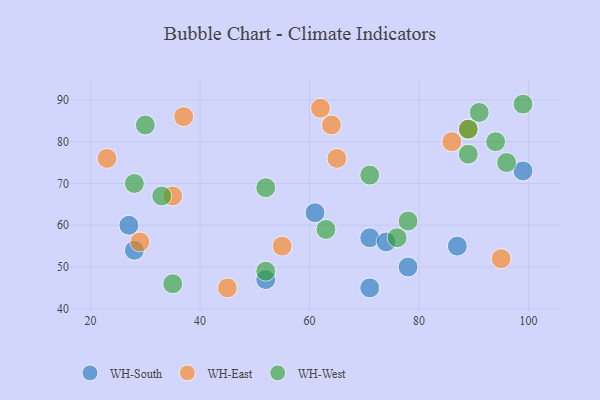
{"axis": {"x": "GDP", "y": "Life Expectancy"}, "legend": ["WH-East", "WH-South", "WH-West"], "data": [{"x": "71", "y": 45, "type": "WH-South"}, {"x": "28", "y": 54, "type": "WH-South"}, {"x": "78", "y": 50, "type": "WH-South"}, {"x": "71", "y": 57, "type": "WH-South"}, {"x": "87", "y": 55, "type": "WH-South"}, {"x": "61", "y": 63, "type": "WH-South"}, {"x": "74", "y": 56, "type": "WH-South"}, {"x": "99", "y": 73, "type": "WH-South"}, {"x": "27", "y": 60, "type": "WH-South"}, {"x": "52", "y": 47, "type": "WH-South"}, {"x": "23", "y": 76, "type": "WH-East"}, {"x": "64", "y": 84, "type": "WH-East"}, {"x": "95", "y": 52, "type": "WH-East"}, {"x": "45", "y": 45, "type": "WH-East"}, {"x": "35", "y": 67, "type": "WH-East"}, {"x": "37", "y": 86, "type": "WH-East"}, {"x": "55", "y": 55, "type": "WH-East"}, {"x": "65", "y": 76, "type": "WH-East"}, {"x": "29", "y": 56, "type": "WH-East"}, {"x": "86", "y": 80, "type": "WH-East"}, {"x": "62", "y": 88, "type": "WH-East"}, {"x": "89", "y": 83, "type": "WH-East"}, {"x": "52", "y": 49, "type": "WH-West"}, {"x": "33", "y": 67, "type": "WH-West"}, {"x": "63", "y": 59, "type": "WH-West"}, {"x": "94", "y": 80, "type": "WH-West"}, {"x": "89", "y": 83, "type": "WH-West"}, {"x": "71", "y": 72, "type": "WH-West"}, {"x": "91", "y": 87, "type": "WH-West"}, {"x": "28", "y": 70, "type": "WH-West"}, {"x": "78", "y": 61, "type": "WH-West"}, {"x": "30", "y": 84, "type": "WH-West"}, {"x": "52", "y": 69, "type": "WH-West"}, {"x": "89", "y": 77, "type": "WH-West"}, {"x": "99", "y": 89, "type": "WH-West"}, {"x": "35", "y": 46, "type": "WH-West"}, {"x": "96", "y": 75, "type": "WH-West"}, {"x": "76", "y": 57, "type": "WH-West"}]}